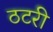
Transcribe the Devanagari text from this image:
ठटरी